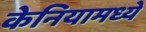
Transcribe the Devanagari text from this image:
केनियामध्ये